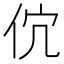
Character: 𬽶